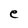
Character: e